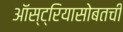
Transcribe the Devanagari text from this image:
ऑस्ट्रियासोबतची